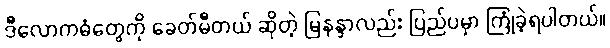
ဒီလောကဓံတွေကို ခေတ်မီတယ် ဆိုတဲ့ မြနန္ဒာလည်း ပြည်ပမှာ ကြုံခဲ့ရပါတယ်။